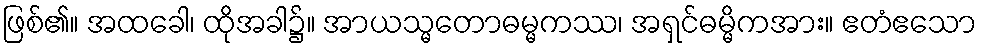
ဖြစ်၏။ အထခေါ၊ ထိုအခါ၌။ အာယသ္မတောဓမ္မကဿ၊ အရှင်ဓမ္မိကအား။ ဧတံဧသော